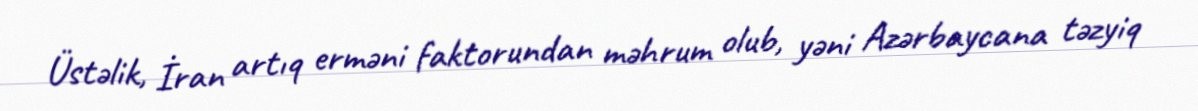
Üstəlik, İran artıq erməni faktorundan məhrum olub, yəni Azərbaycana təzyiq